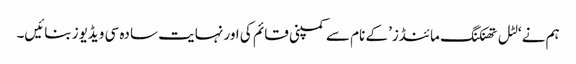
ہم نے ‘لٹل تھنکنگ مائنڈز’ کے نام سے کمپنی قائم کی اور نہایت سادہ سی ویڈیوز بنائیں۔